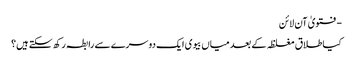
- فتویٰ آن لائن
کیا طلاق مغلظہ کے بعد میاں بیوی ایک دوسرے سے رابطہ رکھ سکتے ہیں؟